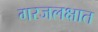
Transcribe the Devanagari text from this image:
गरजलक्षात